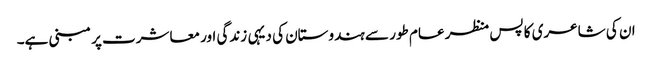
ان کی شاعری کا پس منظر عام طور سے ہندوستان کی دیہی زندگی اور معاشرت پر مبنی ہے۔